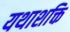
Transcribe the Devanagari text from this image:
यथाशक्ति